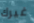
غيرك